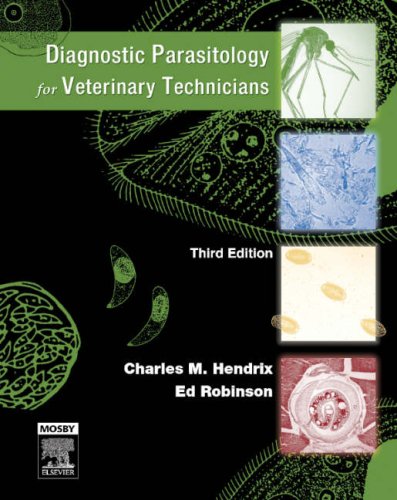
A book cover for Diagnostic Parasitology for Veterinary Technicians, 3rd Edition; Charles M. Hendrix; Medical Books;